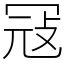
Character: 冦